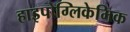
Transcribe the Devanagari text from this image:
हाइपोग्लिकेमिक